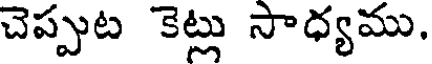
చెప్పుట కెట్లు సాధ్యము.